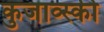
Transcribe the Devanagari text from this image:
कुजाव्स्की